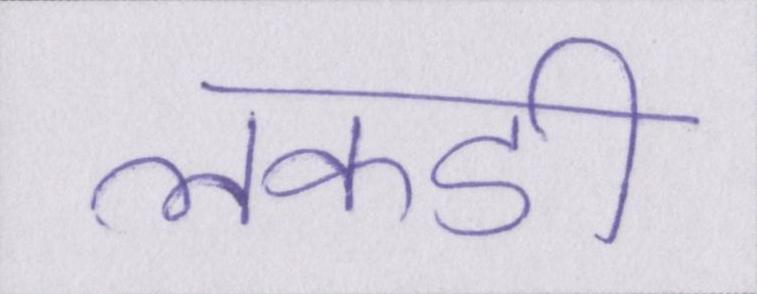
लकडी